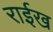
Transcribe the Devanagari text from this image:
राईख